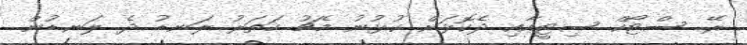
ރޭ ސްޓޯކް ސިޓީއާއި ދެކޮޅަށް ކުޅުނު މެޗު ހަތަރު ލަނޑު ދެ ލަނޑުން